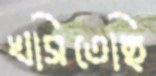
খসিতেছি